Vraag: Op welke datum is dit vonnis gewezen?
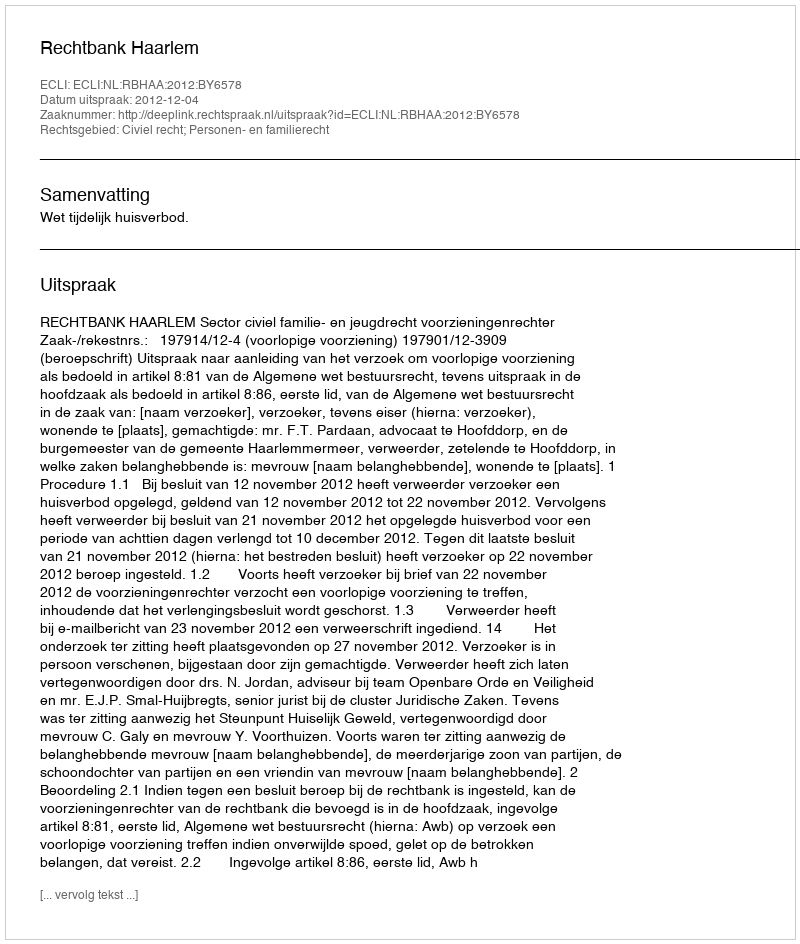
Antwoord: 2012-12-04